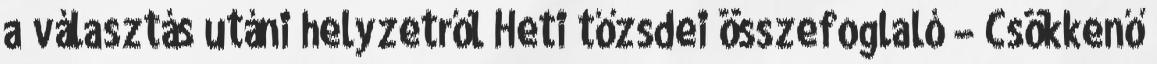
a választás utáni helyzetről Heti tőzsdei összefoglaló – Csökkenő